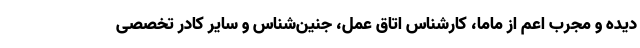
دیده و مجرب اعم از ماما، کارشناس اتاق عمل، جنین‌شناس و سایر کادر تخصصی